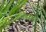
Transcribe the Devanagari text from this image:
हचेसन